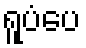
ရူပံပေ